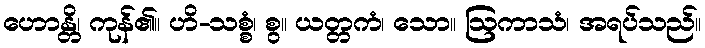
ဟောန္တိ၊ ကုန်၏။ ဟိ-သစ္စံ၊ စွ။ ယတ္တကံ၊ သော။ ဩကာသံ၊ အရပ်သည်။